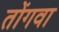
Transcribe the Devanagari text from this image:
तोंगवा